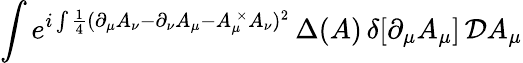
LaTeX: \int e^{i\int\frac 14(\partial_{\mu}A_{\nu}-\partial_{\nu}A_{\mu}-A_{\mu}^{\, \times}A_{\nu})^{2}}\, \Delta(A)\, \delta[\partial_{\mu}A_{\mu}]\, {\cal D}A_{\mu}